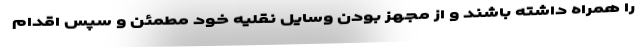
را همراه داشته باشند و از مجهز بودن وسایل نقلیه خود مطمئن و سپس اقدام